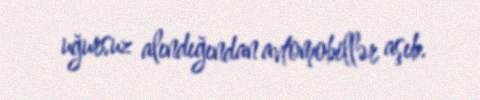
uğursuz alındığından avtomobillər aşıb.